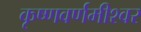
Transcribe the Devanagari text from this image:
कृष्णवर्णमीश्वर